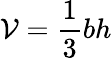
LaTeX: \mathcal{V}={\frac{{1}}{{3}}}bh